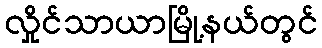
လှိုင်သာယာမြို့နယ်တွင်